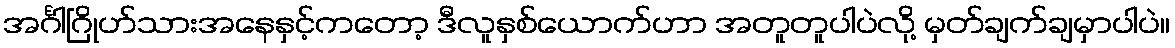
အင်္ဂါဂြိုဟ်သားအနေနှင့်ကတော့ ဒီလူနှစ်ယောက်ဟာ အတူတူပါပဲလို့ မှတ်ချက်ချမှာပါပဲ။